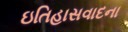
ઇતિહાસવાદના